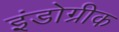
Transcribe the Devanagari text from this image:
इंडोग्रीक